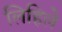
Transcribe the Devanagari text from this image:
लिहिलेे